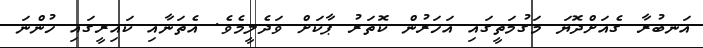
އަނބުރާ ގެއަށްދޮޔަ މަގުމަތީގައި އަހަރުން ކޮތަރު ޕާކަށް ވަދެލީމެވެ. އެތަނާއި ކައިރީގައި ހުންނަ